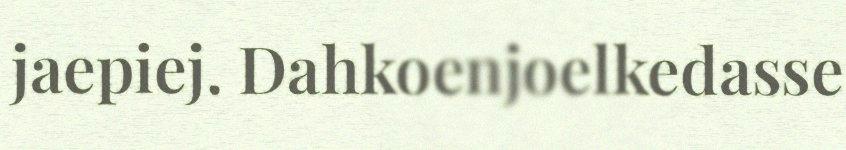
jaepiej. Dahkoenjoelkedasse